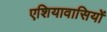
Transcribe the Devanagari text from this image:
एशियावासियों